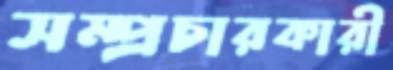
সম্প্রচারকারী